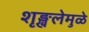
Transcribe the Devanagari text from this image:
शृङ्खलेमुळे